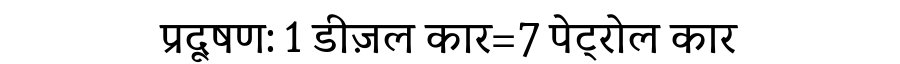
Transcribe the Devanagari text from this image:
प्रदूषण: 1 डीज़ल कार=7 पेट्रोल कार